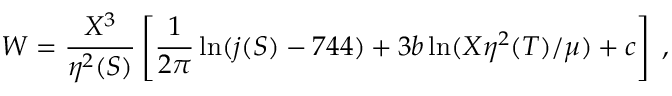
W = \frac { X ^ { 3 } } { \eta ^ { 2 } ( S ) } \left[ \frac { 1 } { 2 \pi } \ln ( j ( S ) - 7 4 4 ) + 3 b \ln ( X \eta ^ { 2 } ( T ) / \mu ) + c \right] \; ,